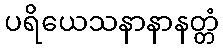
ပရိယေသနာနာနတ္တံ